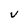
Character: V